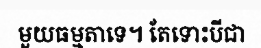
មួយធម្មតាទេ។ តែទោះបីជា